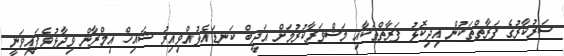
ސަރުކާރުގެ ފަރާތްތަކުން އިދިކޮޅު ފަރާތްތަކާއި މަޝްވަރާކުރުމަށް އަދީބް ކަނޑައެޅުއްވިއިރު ޝައިޚް އިމްރާން ވިދާޅުވެފައިވަނީ